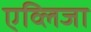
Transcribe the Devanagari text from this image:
एव्लिजा